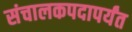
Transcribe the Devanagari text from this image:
संचालकपदापर्यंत